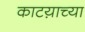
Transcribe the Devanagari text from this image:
काटय़ाच्या